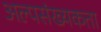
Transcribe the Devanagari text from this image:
अल्पसंख्यकता